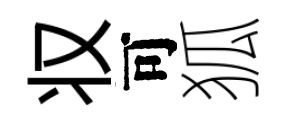
𠬧可狐